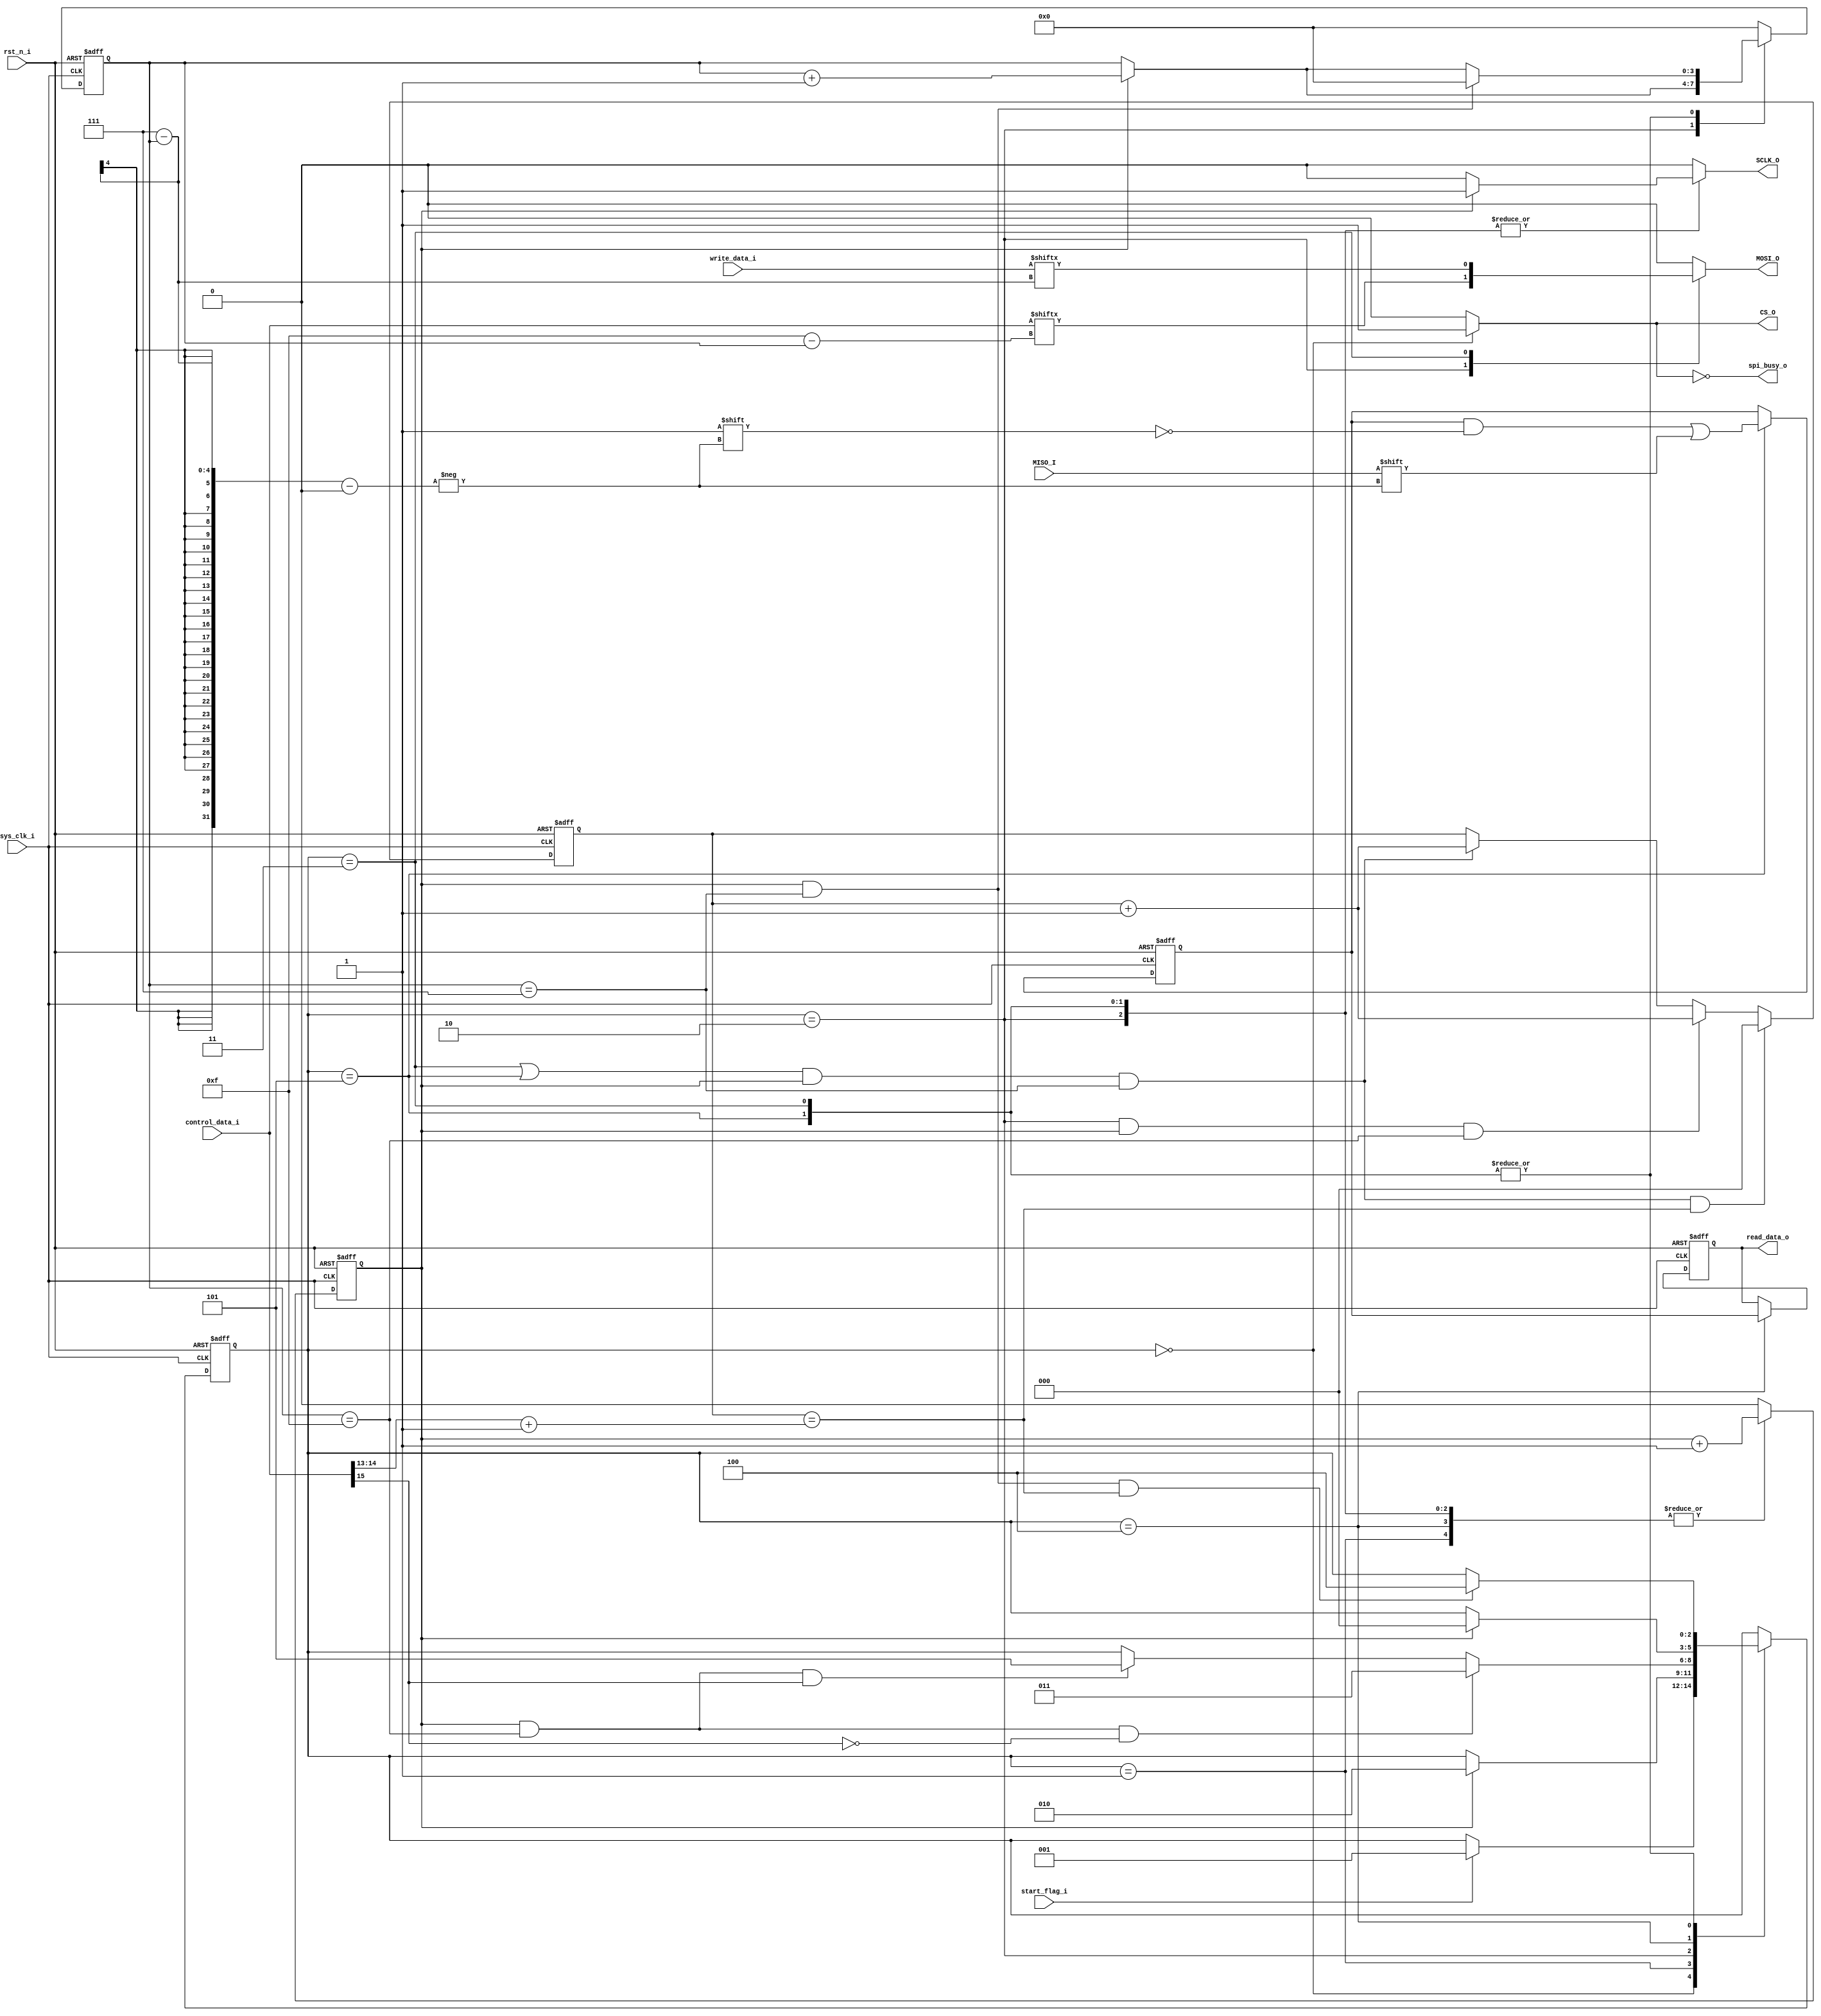
//////////////////////////////////////////////////////////////////////////////////
// Company: 
// 
// Design Name: 
// Module Name: spi_logic
// Project Name: 
// Target Devices: 
// Tool Versions: 
// Description: 
// 
// Dependencies: 
// 
// Revision:
// Revision 0.01 - File Created
// Additional Comments:
// 
//////////////////////////////////////////////////////////////////////////////////

module spi_logic
(
    //
    input                               sys_clk_i                  ,
    input                               rst_n_i                    ,
	//spi
    output reg                          SCLK_O                     ,//SPI
    output reg                          CS_O                       ,//SPI
    output reg                          MOSI_O                     ,//SPI
    input                               MISO_I                     ,//SPI
	//
    input                               start_flag_i               ,//
    input              [  15:0]         control_data_i             ,//16
    input              [   7:0]         write_data_i               ,//8
    output reg         [   7:0]         read_data_o                ,//8
    output                              spi_busy_o                  //    
);
wire                   [   2:0]         total_byte                 ;
	
reg                    [   7:0]         read_data_cache            ;
reg                                     cnt_clk                    ;
reg                    [   3:0]         cnt_bit                    ;
reg                    [   2:0]         cnt_byte                   ;
reg                    [   2:0]         state                      ;
	
localparam                              IDLE = 'd0                 ;
localparam                              START = 'd1                ;
localparam                              WRITE_COMMAND = 'd2        ;
localparam                              WRITE_DATA = 'd3           ;
localparam                              STOP = 'd4                 ;
localparam                              READ_DATA =	'd5            ;

assign spi_busy_o = ~CS_O;
assign total_byte = control_data_i[14:13]+'d1;
//
always@(posedge sys_clk_i or negedge rst_n_i)begin
    if(!rst_n_i)
        cnt_clk<='d0;
    else case(state)
        START,WRITE_COMMAND,WRITE_DATA,STOP,READ_DATA:
            cnt_clk<=cnt_clk+'d1;
        default:
            cnt_clk<='d0;
    endcase
end
//
always@(posedge sys_clk_i or negedge rst_n_i)begin
    if(!rst_n_i)
        cnt_bit<='d0;
    else case(state)
        WRITE_COMMAND:
            if(cnt_clk=='d1)
                cnt_bit<=cnt_bit+'d1;
            else
                cnt_bit<=cnt_bit;
        WRITE_DATA,READ_DATA:
            if(cnt_clk=='d1&&cnt_bit=='d7)
                cnt_bit<='d0;
            else if(cnt_clk=='d1)
                cnt_bit<=cnt_bit+'d1;
            else
                cnt_bit<=cnt_bit;
        default:cnt_bit<='d0;
    endcase
end
//
always@(posedge sys_clk_i or negedge rst_n_i)begin
    if(!rst_n_i)
        cnt_byte<='d0;
    else if((state==WRITE_DATA||state==READ_DATA)&&cnt_clk=='d1&&cnt_bit=='d7&&cnt_byte==total_byte)
        cnt_byte<='d0;
    else if(state==WRITE_COMMAND&&cnt_clk=='d1&&cnt_bit=='d15)
        cnt_byte<=cnt_byte+'d1;
    else if((state==WRITE_DATA||state==READ_DATA)&&cnt_clk=='d1&&cnt_bit=='d7)
        cnt_byte<=cnt_byte+'d1;
    else
        cnt_byte<=cnt_byte;
end
//
always@(posedge sys_clk_i or negedge rst_n_i)begin
    if(!rst_n_i)
        state<=IDLE;
    else case(state)
        IDLE:
            if(start_flag_i)
                state<=START;
            else
                state<=state;
        START:
            if(cnt_clk=='d1)
                state<=WRITE_COMMAND;
            else
                state<=state;
        WRITE_COMMAND:
            if(cnt_clk=='d1&&cnt_bit=='d15&&control_data_i[15]=='d0)
                state<=WRITE_DATA;
            else if(cnt_clk=='d1&&cnt_bit=='d15&&control_data_i[15]=='d1)
                state<=READ_DATA;
            else
                state<=state;
        WRITE_DATA:
            if(cnt_clk=='d1&&cnt_bit=='d7&&cnt_byte==total_byte)
                state<=STOP;
            else
                state<=state;
        STOP:
            if(cnt_clk=='d1)
                state<=IDLE;
            else
                state<=state;
        READ_DATA:
            if(cnt_clk=='d1&&cnt_bit=='d7&&cnt_byte==total_byte)
                state<=STOP;
            else
                state<=state;
    endcase
end
//
always@(*)begin
    case(state)
        IDLE:CS_O='d1;
        default:CS_O='d0;
    endcase
end
//SPI1/2
always@(*)begin
    case(state)
        WRITE_COMMAND,WRITE_DATA,READ_DATA:
            if(cnt_clk=='d0)
                SCLK_O='d0;
            else
                SCLK_O='d1;
        default:SCLK_O='d0;
    endcase
end
//MOSI
always@(*)begin
    case(state)
        WRITE_COMMAND:
            MOSI_O=control_data_i[15-cnt_bit];
        WRITE_DATA:
            MOSI_O=write_data_i[7-cnt_bit];
        default:MOSI_O='d0;
    endcase
end
//
always@(posedge sys_clk_i or negedge rst_n_i)begin
    if(!rst_n_i)
        read_data_cache <= 'd0;
    else case(state)
        READ_DATA:
            read_data_cache[7-cnt_bit] <= MISO_I;
        default:read_data_cache <= read_data_cache;
    endcase
end
//
always@(posedge sys_clk_i or negedge rst_n_i)begin
    if(!rst_n_i)
        read_data_o<='d0;
    else if(state==STOP)
        read_data_o<=read_data_cache;
    else
        read_data_o<=read_data_o;
end

endmodule